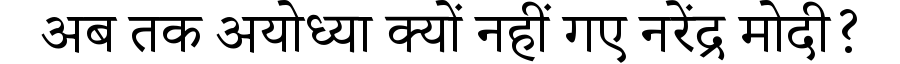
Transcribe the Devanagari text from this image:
अब तक अयोध्या क्यों नहीं गए नरेंद्र मोदी?